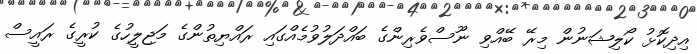
އިދިކޮޅު ކޯލިޝަނުން މިރޭ ބޭއްވި ނޫސްވެރިންގެ ބައްދަލުވުމެއްގައި ރައްޔިތުންގެ މަޖިލީހުގެ ކުރީގެ ރައީސް